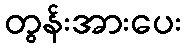
တွန်းအားပေး